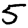
Digit: 5